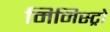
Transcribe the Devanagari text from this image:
मिनिस्ट्रो